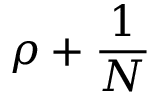
\rho + \frac { 1 } { N }